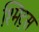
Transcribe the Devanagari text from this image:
श्मिट्स